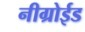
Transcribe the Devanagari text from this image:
नीग्रोईड